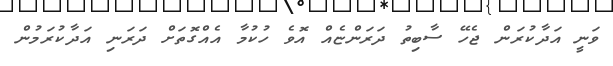
ވަނީ އަދާކުރަން ޖެހޭ ސާބިތު ދަރަންޏެއް އޮވެ ހުކުމާ އެއްގޮތަށް ދަރަނި އަދާކުރަމުން